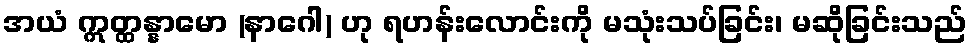
အယံ ဣတ္ထန္နာမော (နာဂေါ) ဟု ရဟန်းလောင်းကို မသုံးသပ်ခြင်း၊ မဆိုခြင်းသည်